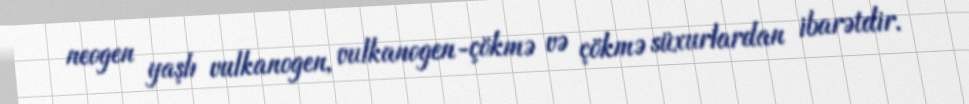
neogen yaşlı vulkanogen, vulkanogen-çökmə və çökmə süxurlardan ibarətdir.